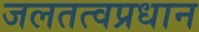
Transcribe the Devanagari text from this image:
जलतत्वप्रधान